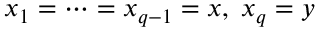
x _ { 1 } = \dots = x _ { q - 1 } = x , \; x _ { q } = y